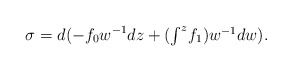
\begin{align*}\sigma = d( - f_{0} w^{-1}dz + (\textstyle\int^{z}\!f_{1}) w^{-1}dw ).\end{align*}